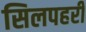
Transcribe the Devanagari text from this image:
सिलपहरी